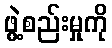
ဖွဲ့စည်းမှုကို